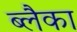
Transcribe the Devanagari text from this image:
ब्लैका